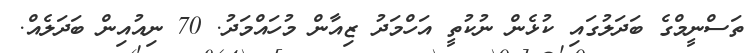
ތަސްނީމްގެ ބަދަލުގައި ކުޅެން ނުކުތީ އަހްމަދު ޒިއާން މުހައްމަދު. 70 ނިއުއިން ބަދަލެއް.